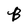
Character: B